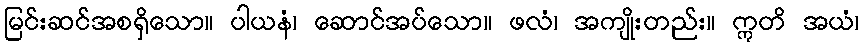
မြင်းဆင်အစရှိသော။ ပါယနံ၊ ဆောင်အပ်သော။ ဖလံ၊ အကျိုးတည်း။ ဣတိ အယံ၊